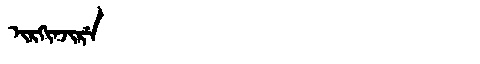
Manchu: ᡳᡵᡴᡳᠨᠵᡳᡵᡝ
Romanization: IRKINJIRE